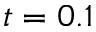
t = 0 . 1